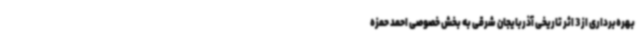
بهره‌برداری از 3 اثر تاریخی آذربایجان شرقی به بخش خصوصی احمد حمزه